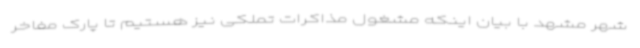
شهر مشهد با بیان اینکه مشغول مذاکرات تملکی نیز هستیم تا پارک مفاخر